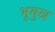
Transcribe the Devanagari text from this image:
भूमुख